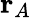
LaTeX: \mathbf{r}_{A}